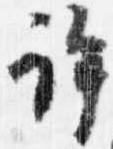
許